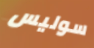
سوليس